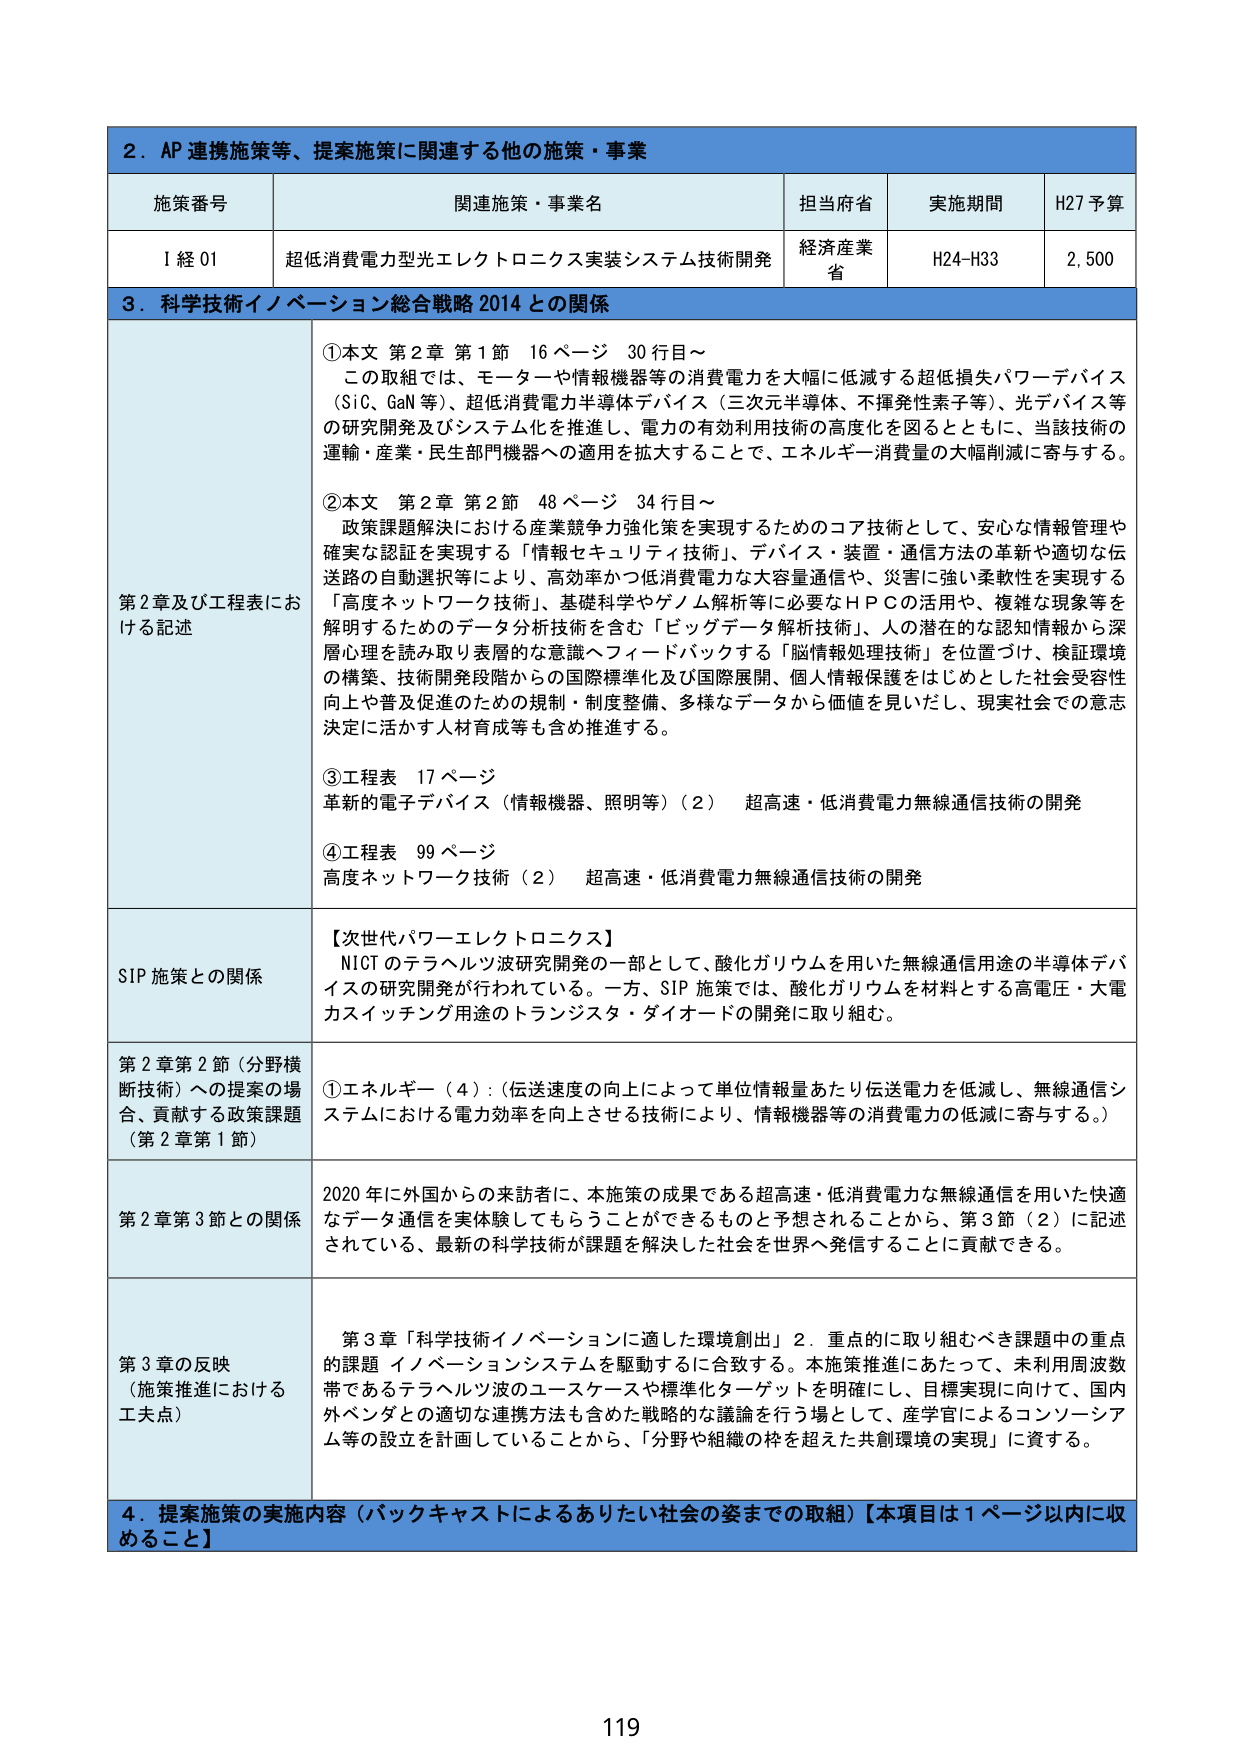
2．AP 連携施策等、提案施策に関連する他の施策・事業

施策番号 関連施策・事業名 担当府省 実施期間 H27 予算
I 経 01 超低消費電力型光エレクトロニクス実装システム技術開発 経済産業省 H24-H33 2,500

3．科学技術イノベーション総合戦略 2014 との関係

第2章及び工程表における記述
①本文 第2章 第1節 16ページ 30行目～
この取組では、モーターや情報機器等の消費電力を大幅に低減する超低損失パワーデバイス（SiC、GaN等）、超低消費電力半導体デバイス（三次元半導体、不揮発性素子等）、光デバイス等の研究開発及びシステム化を推進し、電力の有効利用技術の高度化を図るとともに、当該技術の運輸・産業・民生部門機器への適用を拡大することで、エネルギー消費量の大幅削減に寄与する。

②本文 第2章 第2節 48ページ 34行目～
政策課題解決における産業競争力強化策を実現するためのコア技術として、安心な情報管理や確実な認証を実現する「情報セキュリティ技術」、デバイス・装置・通信方法の革新や適切な伝送路の自動選択により、高効率かつ低消費電力な大容量通信や、災害に強い柔軟性を実現する「高度ネットワーク技術」、基礎科学やゲノム解析等に必要なＨＰＣの活用や、複雑な現象等を解明するためのデータ分析技術を含む「ビッグデータ解析技術」、人の潜在的な認知情報から深層心理を読み取り表層的な意識へフィードバックする「脳情報処理技術」を位置づけ、検証環境の構築、技術開発段階からの国際標準化及び国際展開、個人情報保護をはじめとした社会受容性向上や普及促進のための規制・制度整備、多様なデータから価値を見いだし、現実社会での意思決定に活かす人材育成等も含め推進する。

③工程表 17ページ
革新的電子デバイス（情報機器、照明等）（2） 超高速・低消費電力無線通信技術の開発

④工程表 99ページ
高度ネットワーク技術（2） 超高速・低消費電力無線通信技術の開発

SIP 施策との関係
【次世代パワーエレクトロニクス】
NICT のテラヘルツ波研究開発の一部として、酸化ガリウムを用いた無線通信用途の半導体デバイスの研究開発が行われている。一方、SIP 施策では、酸化ガリウムを材料とする高電圧・大電力スイッチング用途のトランジスタ・ダイオードの開発に取り組む。

第2章第2節（分野横断技術）への提案の場合、貢献する政策課題（第2章第1節）
①エネルギー（4）：（伝送速度の向上によって単位情報量あたり伝送電力を低減し、無線通信システムにおける電力効率を向上させる技術により、情報機器等の消費電力の低減に寄与する。）

第2章第3節との関係
2020年に外国からの来訪者に、本施策の成果である超高速・低消費電力な無線通信を用いた快適なデータ通信を実体験してもらうことができるものと予想されることから、第3節（2）に記述されている、最新の科学技術が課題を解決した社会を世界へ発信することに貢献できる。

第3章の反映（施策推進における工夫点）
第3章「科学技術イノベーションに適した環境創出」2．重点的に取り組むべき課題中の重点的課題 イノベーションシステムを駆動するに合致する。本施策推進にあたって、未利用周波数帯であるテラヘルツ波のユースケースや標準化ターゲットを明確にし、目標実現に向けて、国内外ベンダとの適切な連携方法を含めた戦略的な議論を行う場として、産学官によるコンソーシアム等の設立を計画していることから、「分野や組織の枠を超えた共創環境の実現」に資する。

4．提案施策の実施内容（バックキャストによるありたい社会の姿までの取組）【本項目は1ページ以内に収めること】

119